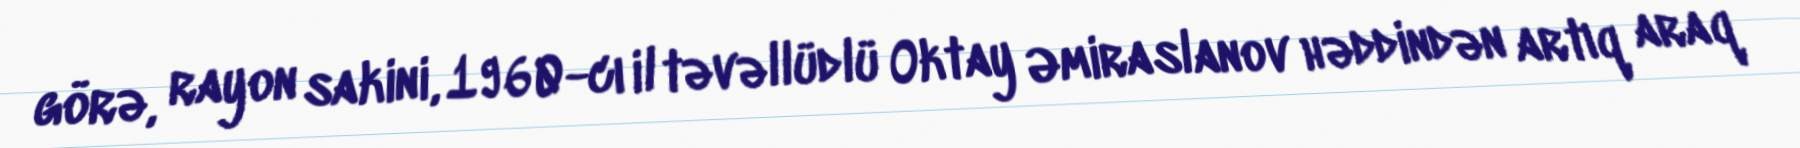
görə, rayon sakini, 1960-cı il təvəllüdlü Oktay Əmiraslanov həddindən artıq araq